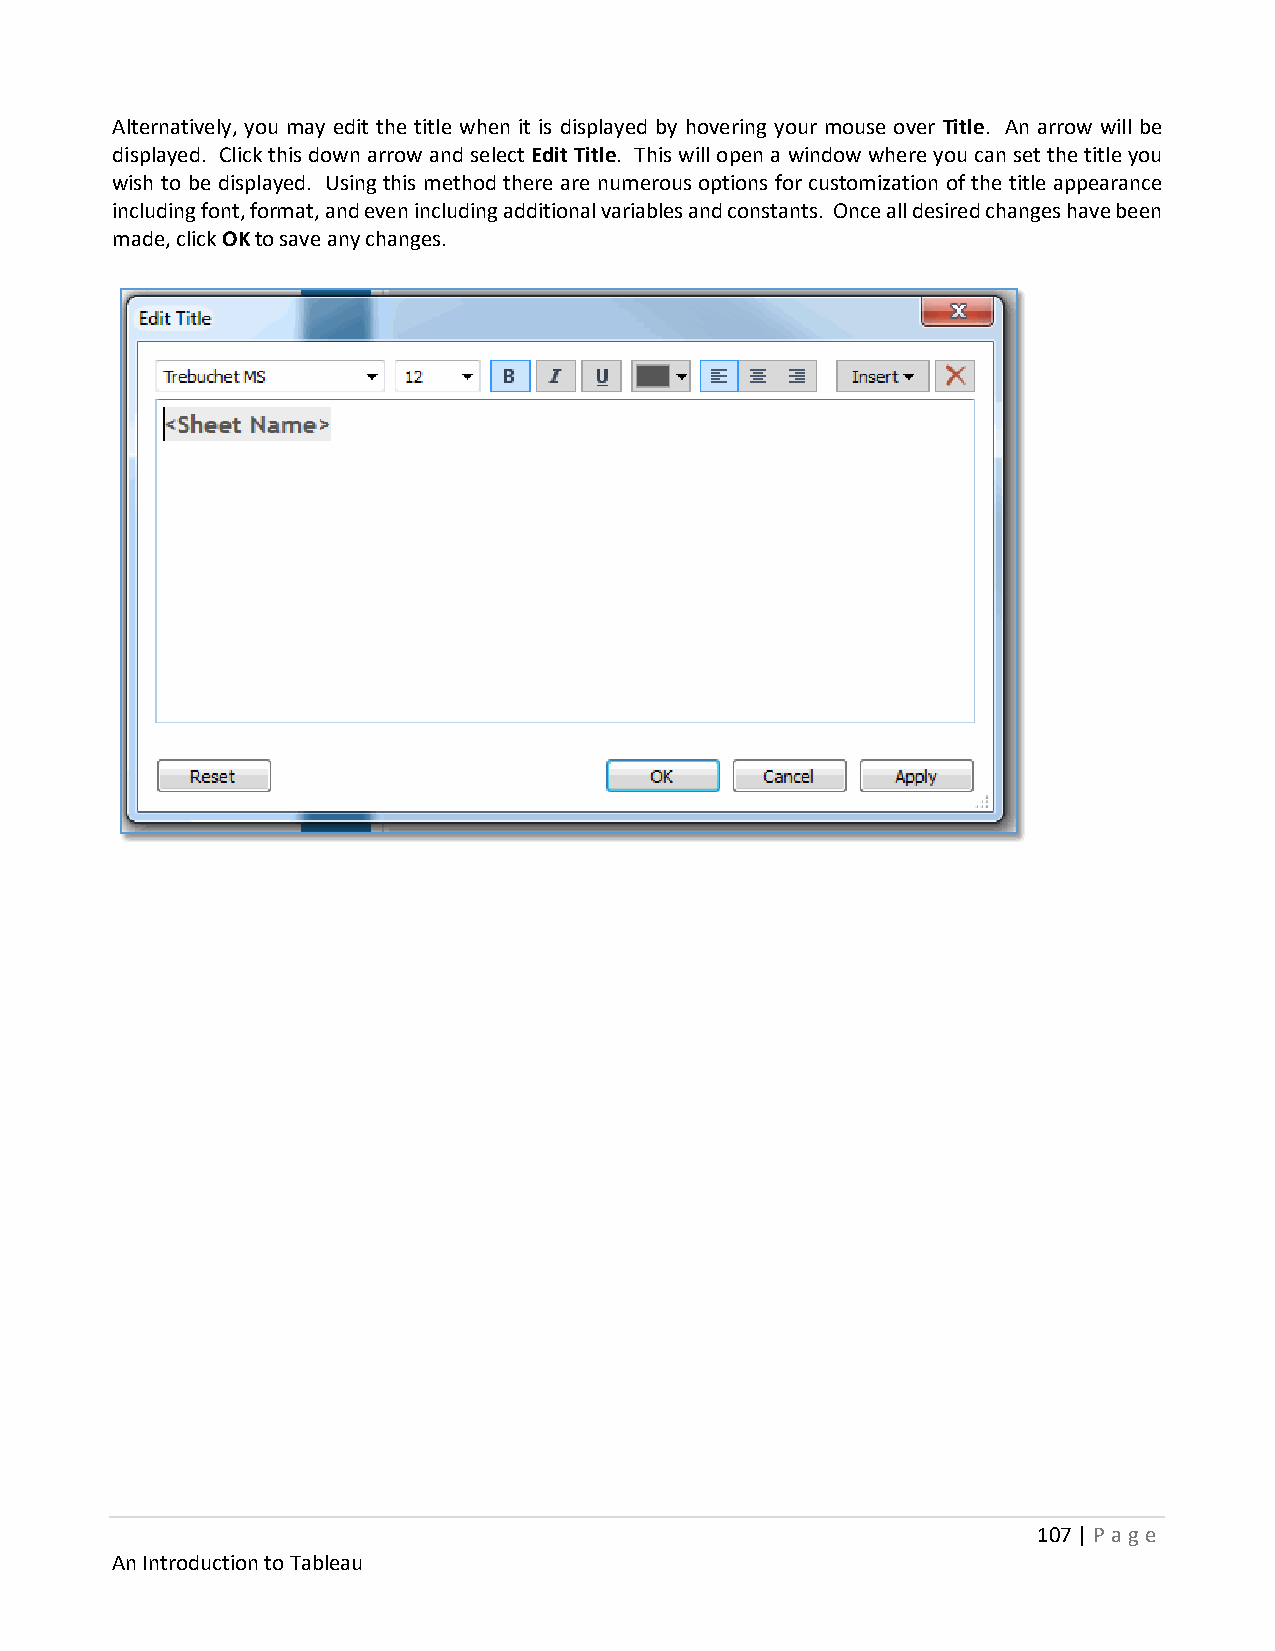
Alternatively, you may edit the title when it is displayed by hovering your mouse over Title. An arrow will be
 displayed. Click this down arrow and select Edit Title. This will open a window where you can set the title you
 wish to be displayed. Using this method there are numerous options for customization of the title appearance
 including font, format, and even including additional variables and constants. Once all desired changes have been
 made, click OK to save any changes.
 107 | P age
 An Introduction to Tableau